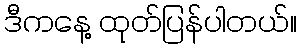
ဒီကနေ့ ထုတ်ပြန်ပါတယ်။